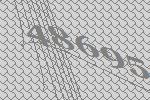
48695